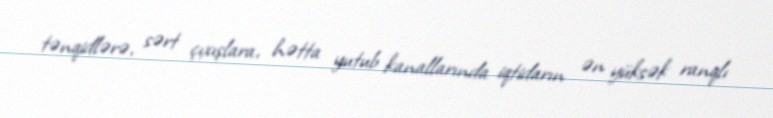
tənqidlərə, sərt çıxışlara, hətta yutub kanallarında iqtidarın ən yüksək ranqlı